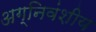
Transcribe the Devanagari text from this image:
अग्निवंशीय